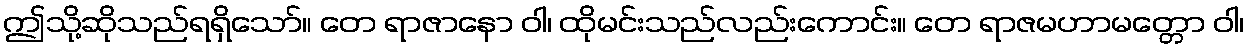
ဤသို့ဆိုသည်ရရှိသော်။ တေ ရာဇာနော ဝါ၊ ထိုမင်းသည်လည်းကောင်း။ တေ ရာဇမဟာမတ္တော ဝါ၊